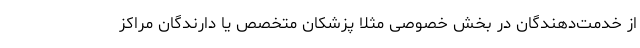
از خدمت‌دهندگان در بخش خصوصی مثلاً پزشکان متخصص یا دارندگان مراکز